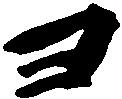
ヨ